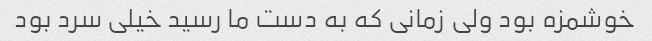
خوشمزه بود ولی زمانی که به دست ما رسید خیلی سرد بود